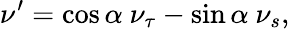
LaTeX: \nu^{\prime}=\cos\alpha~\nu_{\tau}-\sin\alpha~\nu_{s},